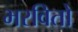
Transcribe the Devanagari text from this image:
भरवितो